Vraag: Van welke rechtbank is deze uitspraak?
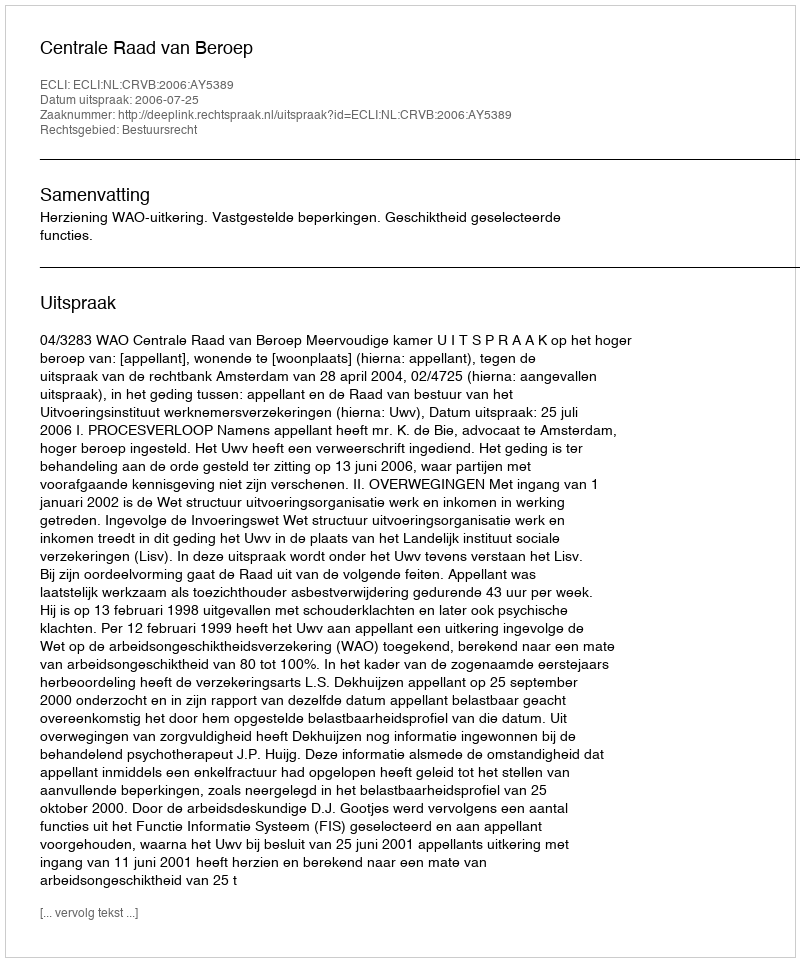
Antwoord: Centrale Raad van Beroep